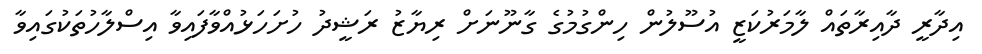
އިދާރީ ދާއިރާތައް ލާމަރުކަޒީ އުސޫލުން ހިންގުމުގެ ގާނޫނަށް ރިޔާޒު ރަޝީދު ހުށަހަޅުއްވާފައިވާ އިސްލާހުތަކުގައިވާ